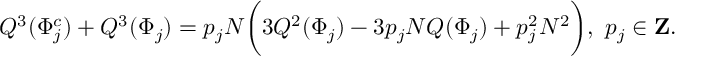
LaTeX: Q ^ { 3 } ( \Phi _ { j } ^ { c } ) + Q ^ { 3 } ( \Phi _ { j } ) = p _ { j } N \bigg ( 3 Q ^ { 2 } ( \Phi _ { j } ) - 3 p _ { j } N Q ( \Phi _ { j } ) + p _ { j } ^ { 2 } N ^ { 2 } \bigg ) , \ p _ { j } \in { \bf Z } .